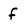
Character: f